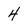
Character: 4